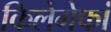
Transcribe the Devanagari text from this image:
किलेगेफां